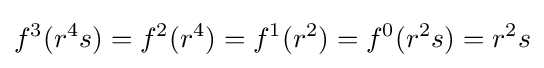
f^{3}(r^{4}s)=f^{2}(r^{4})=f^{1}(r^{2})=f^{0}(r^{2}s)=r^{2}s